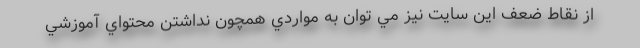
از نقاط ضعف اين سايت نيز مي توان به مواردي همچون نداشتن محتواي آموزشي